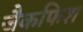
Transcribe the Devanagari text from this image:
जैकफिश